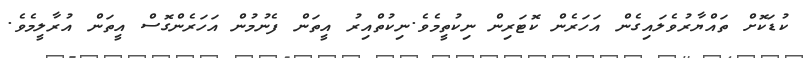
ކުޑަކޮށް ތައްޔާރުވެލައިގެން އަހަރެން ކޮޓަރިން ނިކުތީމެވެ.ނިކުތްއިރު އީތަން ފެނުމުން އަހަރެންގޮސް އީތަން އުރާލީމެވެ.